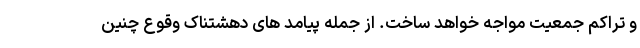
و تراکم جمعیت مواجه خواهد ساخت. از جمله پیامد های دهشتناک وقوع چنین